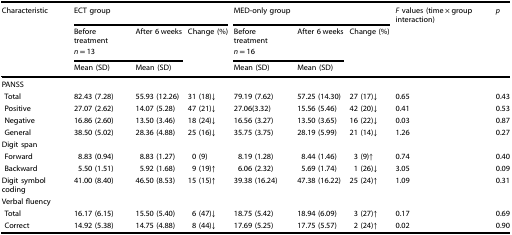
<table><thead><tr><td><b>Characteristic</b></td><td colspan="3"><b>ECT group</b></td><td colspan="3"><b>MED-only group</b></td><td><b><i>F</i> values (time × group interaction)</b></td><td><b><i>p</i></b></td></tr><tr><td></td><td><b>Before treatment</b></td><td><b>After 6 weeks</b></td><td><b>Change (%)</b></td><td><b>Before treatment</b></td><td><b>After 6 weeks</b></td><td><b>Change (%)</b></td><td></td><td></td></tr><tr><td></td><td colspan="2"><b><i>n</i> = 13</b></td><td></td><td colspan="2"><b><i>n</i> = 16</b></td><td></td><td></td><td></td></tr><tr><td></td><td><b>Mean (SD)</b></td><td><b>Mean (SD)</b></td><td></td><td><b>Mean (SD)</b></td><td><b>Mean (SD)</b></td><td></td><td></td><td></td></tr></thead><tbody><tr><td colspan="9">PANSS</td></tr><tr><td> Total</td><td>82.43 (7.28)</td><td>55.93 (12.26)</td><td>31 (18)↓</td><td>79.19 (7.62)</td><td>57.25 (14.30)</td><td>27 (17)↓</td><td>0.65</td><td>0.43</td></tr><tr><td> Positive</td><td>27.07 (2.62)</td><td>14.07 (5.28)</td><td>47 (21)↓</td><td>27.06(3.32)</td><td>15.56 (5.46)</td><td>42 (20)↓</td><td>0.41</td><td>0.53</td></tr><tr><td> Negative</td><td>16.86 (2.60)</td><td>13.50 (3.46)</td><td>18 (24)↓</td><td>16.56 (3.27)</td><td>13.50 (3.65)</td><td>16 (22)↓</td><td>0.03</td><td>0.87</td></tr><tr><td> General</td><td>38.50 (5.02)</td><td>28.36 (4.88)</td><td>25 (16)↓</td><td>35.75 (3.75)</td><td>28.19 (5.99)</td><td>21 (14)↓</td><td>1.26</td><td>0.27</td></tr><tr><td colspan="9">Digit span</td></tr><tr><td> Forward</td><td>8.83 (0.94)</td><td>8.83 (1.27)</td><td>0 (9)</td><td>8.19 (1.28)</td><td>8.44 (1.46)</td><td>3 (9)↑</td><td>0.74</td><td>0.40</td></tr><tr><td> Backward</td><td>5.50 (1.51)</td><td>5.92 (1.68)</td><td>9 (19)↑</td><td>6.06 (2.32)</td><td>5.69 (1.74)</td><td>1 (26)↓</td><td>3.05</td><td>0.09</td></tr><tr><td>Digit symbol coding</td><td>41.00 (8.40)</td><td>46.50 (8.53)</td><td>15 (15)↑</td><td>39.38 (16.24)</td><td>47.38 (16.22)</td><td>25 (24)↑</td><td>1.09</td><td>0.31</td></tr><tr><td colspan="9">Verbal fluency</td></tr><tr><td> Total</td><td>16.17 (6.15)</td><td>15.50 (5.40)</td><td>6 (47)↓</td><td>18.75 (5.42)</td><td>18.94 (6.09)</td><td>3 (27)↑</td><td>0.17</td><td>0.69</td></tr><tr><td> Correct</td><td>14.92 (5.38)</td><td>14.75 (4.88)</td><td>8 (44)↓</td><td>17.69 (5.25)</td><td>17.75 (5.57)</td><td>2 (24)↑</td><td>0.02</td><td>0.90</td></tr></tbody></table>